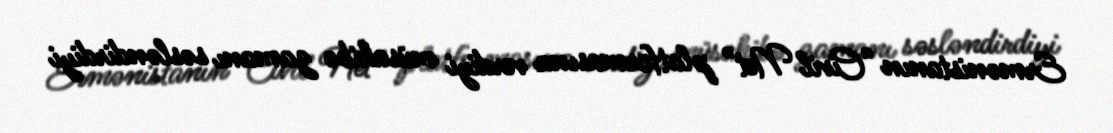
Ermənistanın “Civil Net” platformasına verdiyi müsahibə zamanı səsləndirdiyi